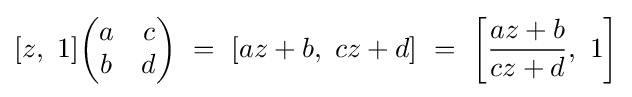
[z,\ 1]{\begin{pmatrix}a&c\\b&d\end{pmatrix}}\ =\ [az+b,\ cz+d]\ =\ \left[{\frac {az+b}{cz+d}},\ 1\right]